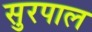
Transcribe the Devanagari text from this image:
सुरपाल